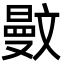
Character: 𣁜